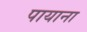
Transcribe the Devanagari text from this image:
पायाना